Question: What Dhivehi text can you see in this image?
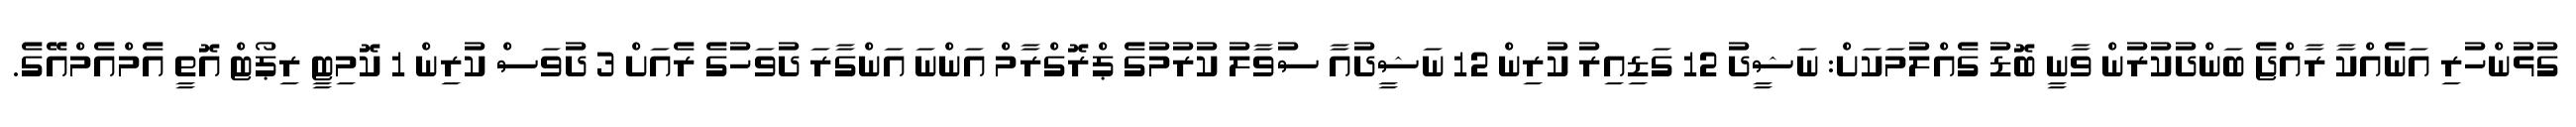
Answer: ގުޅުންހުރި އަނެއްކާ ރާއްޖެ ބަންދުކުރުން ވާނީ ބޮޑު ގެއްލުމަކަށް: ނަޝީދު 12 ގަޑިއިރު ކުރިން 12 ނަޝީދުއާ ސުވާލު ކުރުމުގެ ޕްރޮގްރާމް އަންނަ އަންގާރަ ދުވަހުގެ ރެއަށް 3 ދުވަސް ކުރިން 1 ކޮމިޓީ ރިޕޯޓް އޮތީ އެމްއެމްއޭގެ.